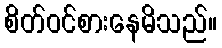
စိတ်ဝင်စားနေမိသည်။